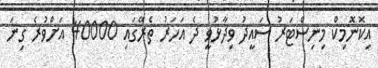
އިކޮނޮމިކް މިނިސްޓަރު ސައީދު ވިދާޅުވީ ދެ އަހަރު ތެރޭގައި 40000 އަށްވުރެ ގިނަ